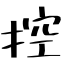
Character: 控